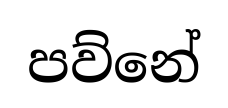
පව්නේ